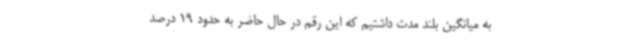
به میانگین بلند مدت داشتیم که این رقم در حال حاضر به حدود 19 درصد